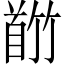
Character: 𬳕